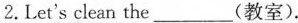
2.Let's clean the___(教室).